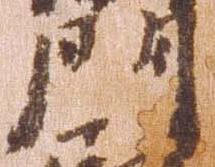
門